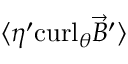
\langle \eta ^ { \prime } \mathrm { c u r l } _ { \theta } { \vec { B } } ^ { \prime } \rangle